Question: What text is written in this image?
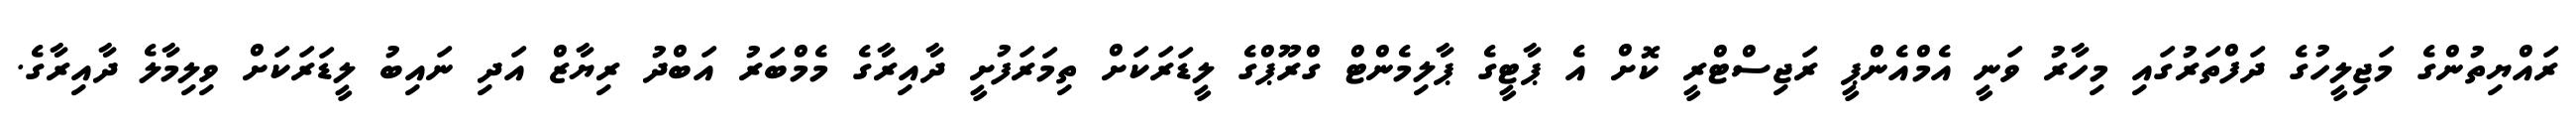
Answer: ރައްޔިތުންގެ މަޖިލީހުގެ ދަފްތަރުގައި މިހާރު ވަނީ އެމްއެންޕީ ރަޖިސްޓްރީ ކޮށް އެ ޕާޓީގެ ޕާލިމެންޓް ގްރޫޕްގެ ލީޑަރަކަށް ތިމަރަފުށީ ދާއިރާގެ މެމްބަރު އަބްދު ރިޔާޒް އަދި ނައިބު ލީޑަރަކަށް ވިލިމާލެ ދާއިރާގެ.